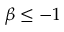
\beta \leq - 1